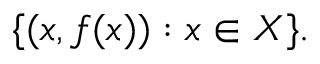
\{ ( x , f ( x ) ) : x \in X \} .